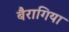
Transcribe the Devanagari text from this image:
बैरागिया